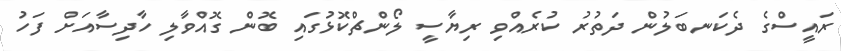
ރައީސްގެ ދެކަނބަލުން ދަތުރު ކުރެއްވި ރިޔާސީ ލޯންޗްކޮޅުގައި ބޮން ގޮއްވާލި ހާދިސާއަށް ފަހު